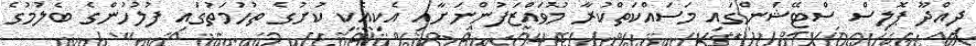
ދިއްދޫ ޕޮލިސް ސްޓޭޝަންގައި މަސައްކަތްކުރާ މުވައްޒަފުންނަށާއި އެކިއެކި ކުށުގެ ތުހުމަތުގައި ފުލުހުުންގެ ބެލުމުގެ